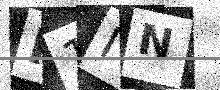
Text: K1IN